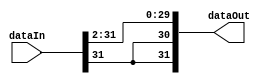
module shiftRby2(dataIn, dataOut);

	input[31:0] dataIn;
	output[31:0] dataOut;
	
	genvar c;
	generate
		for(c=2; c<32; c = c + 1) begin: shiftLoop1
			and	genAnd1(dataOut[c-2], dataIn[c], dataIn[c]);			
		end
	endgenerate
	
	generate
		for(c=31; c>29; c = c - 1) begin: shiftLoop2
			and	genAnd2(dataOut[c], dataIn[31], dataIn[31]);	// Retains MSB
		end
	endgenerate
	
endmodule